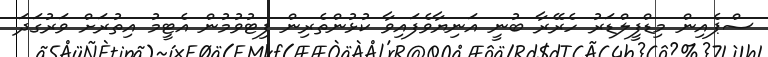
ސްޕެއިން މިޑްފީލްޑަރު ހެރޭރާ ބުނީ އަނިޔާވެފައިވާ ކުޅުންތެރިން ފިޓުވުމުން އެޓީމު އިތުރަށް ވަރުގަދަ